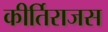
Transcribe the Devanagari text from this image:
कीर्तिराजस